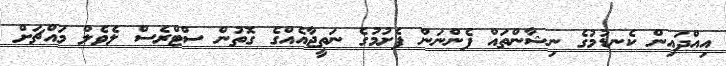
އިއްދައިން ކެނޑުމުގެ ނިޝާންތައް ފެންނަން ފެށުމުގެ ނަތީޖާއެއްގެ ގޮތުން ސްޓްރެސް ލެވެލް މައްޗަށް